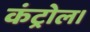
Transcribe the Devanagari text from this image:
कंट्रोल।